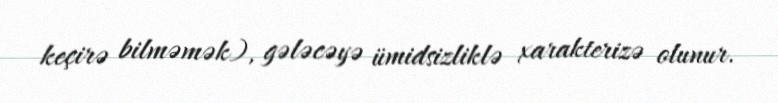
keçirə bilməmək), gələcəyə ümidsizliklə xarakterizə olunur.